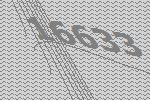
16633